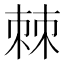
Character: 棘